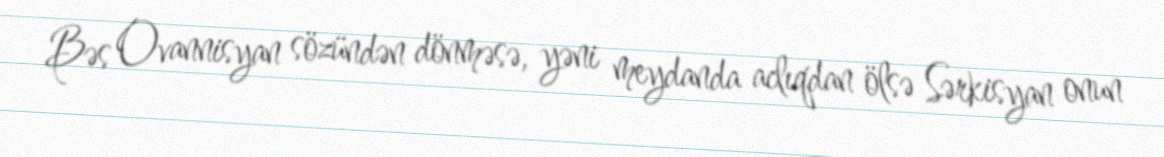
Bəs Ovannisyan sözündən dönməsə, yəni meydanda aclıqdan ölsə Sərkisyan onun